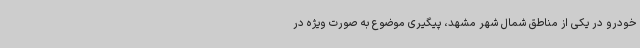
خودرو در یکی از مناطق شمال شهر مشهد، ‌پیگیری موضوع به صورت ویژه در